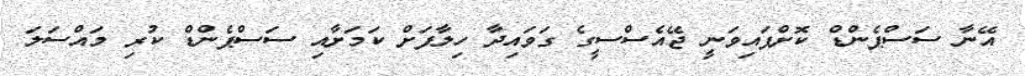
އޭނާ ސަސްޕެންޑް ކޮށްފައިވަނީ ޖޭއެސްސީގެ ގަވައިދާ ހިލާފަށް ކަމަށާއި ސަސްޕެންޑް ކުރި މައްސަލަ